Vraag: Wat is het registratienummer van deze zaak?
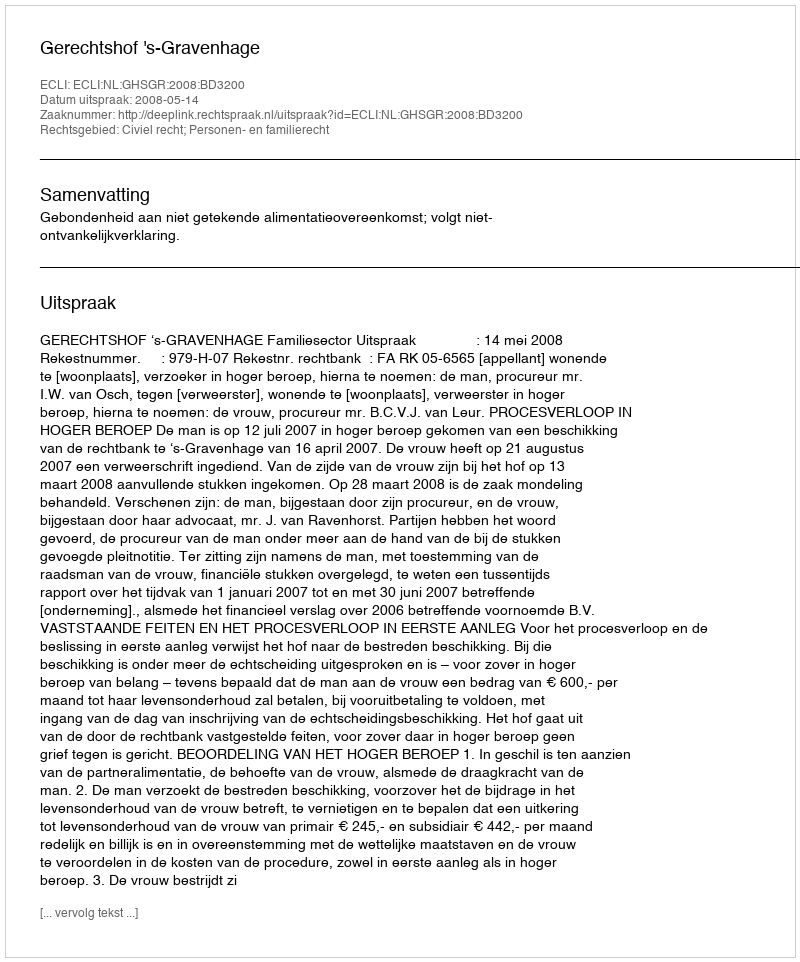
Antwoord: http://deeplink.rechtspraak.nl/uitspraak?id=ECLI:NL:GHSGR:2008:BD3200